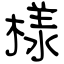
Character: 様